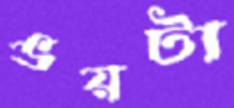
ভয়টা